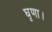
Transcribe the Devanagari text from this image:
घृणा।